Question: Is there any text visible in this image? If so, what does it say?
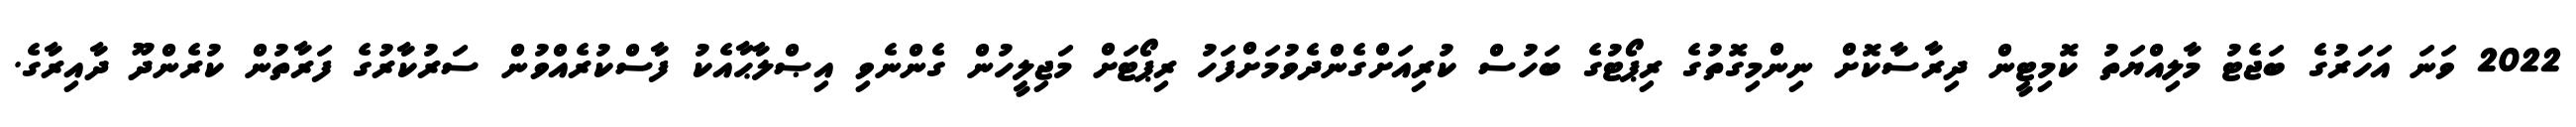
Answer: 2022 ވަނަ އަހަރުގެ ބަޖެޓު މާލިއްޔަތު ކޮމިޓީން ދިރާސާކޮށް ނިންމިގޮތުގެ ރިޕޯޓުގެ ބަހުސް ކުރިއަށްގެންދެވުމަށްފަހު ރިޕޯޓަށް މަޖިލީހުން ގެންނެވި އިޞްލާޙާއެކު ފާސްކުރެއްވުން ސަރުކާރުގެ ފަރާތުން ކުރެންދޫ ދާއިރާގެ.